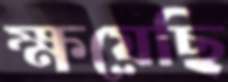
ক্ষয়েছি